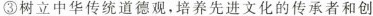
③树立中华传统道德观，培养先进文化的传承者和创